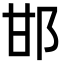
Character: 邯